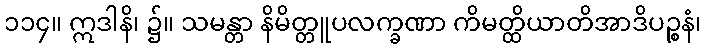
၁၁၄။ ဣဒါနိ၊ ၌။ သမန္တာ နိမိတ္တူပလက္ခဏာ ကိမတ္ထိယာတိအာဒိပဉ္စနံ၊